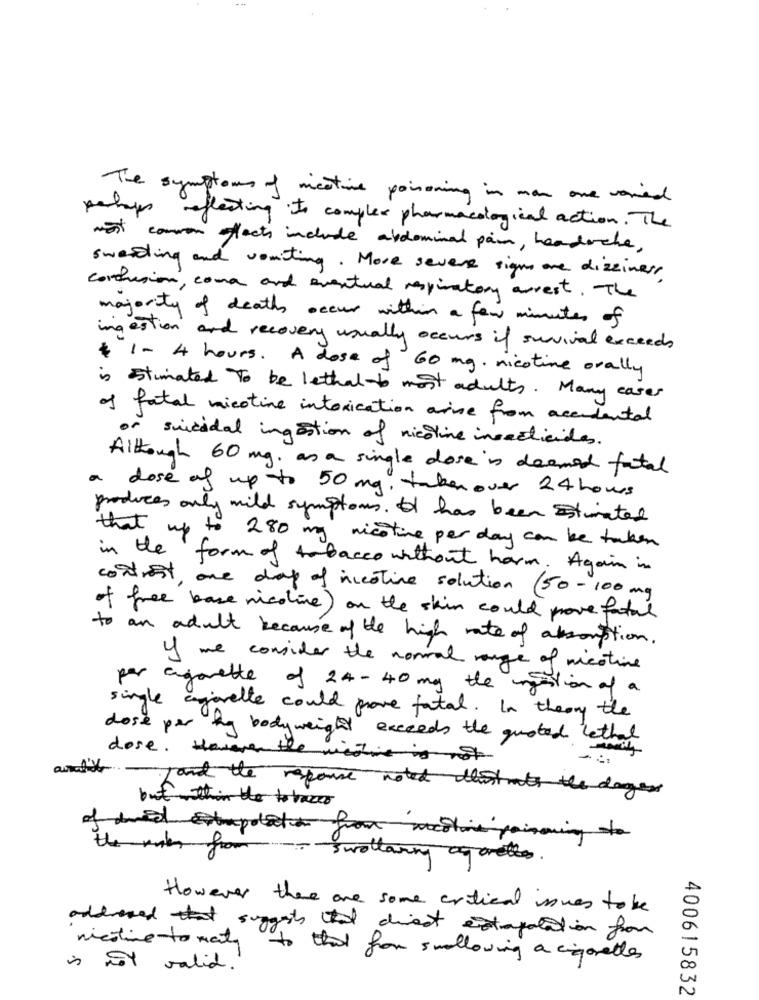
The symptoms of nicotine poisoning in man one varied
perhaps reflecting Is complex pharmacological action. The
wist common facts include abdominal pain, headache,
swedding and vomiting. More severe signs one dizziness
confusion , come and eventual respiratory arrest . The
majority of death occur within a few minutes of
ingestion and recovery usually occurs if survival exceeds
$ 1 - 4 hours. A dose of 60 mg. nicotine orally
is estimated to be lethal to most adults. Many cases
of fatal nicotine intoxication arise from accidental
or suicidal ingestion of nicotine insecticides.
Although 60 mg. as a single dose is deemed fatal
a dose of up to 50 mg, taken over 24 hours
produces only mild symptoms. It has been Estimated
that up to 280 mg nicotine per day can be taken
in the form of tobacco without harm. Again in
contrist, one day of nicotine solution 50-100 mg
of free base nicoline) on the skin could prove fatal
to
an adult because of the high rate of absorption.
y me consider the normal range of nicotine
per agarette of 24-40 mg the ingestion of a
single agarelle could prove fatal. In theory the
dose per kg bodyweight exceeds the quoted lethal
dose. However the indie is st
and the response noted thisheats the dagens
but within the tobacco
the walk from
- swallowing ogorelles.
However there are some critical issues to be
addresed that suggests that direct extrapolation from
nicotine to maty to that from swallowing a cigarettes
is not valid."
400615832